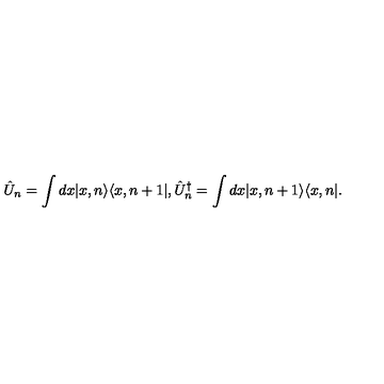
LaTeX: \hat { U } _ { n } = \int d x | x , n \rangle \langle x , n + 1 | , \hat { U } _ { n } ^ { \dagger } = \int d x | x , n + 1 \rangle \langle x , n | .